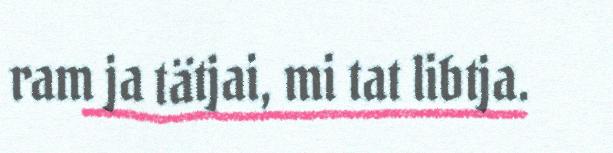
ram ja tätjai, mi tat libtja.